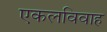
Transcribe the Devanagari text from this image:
एकलविवाह